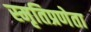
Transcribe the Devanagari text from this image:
स्मृतिप्रणेता